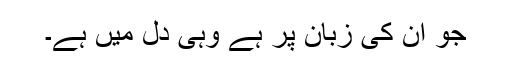
جو ان کی زبان پر ہے وہی دل میں ہے۔